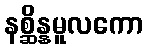
နစ္ဆိန္နမူလကော